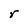
Character: r